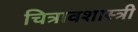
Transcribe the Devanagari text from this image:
चित्रावशास्त्री